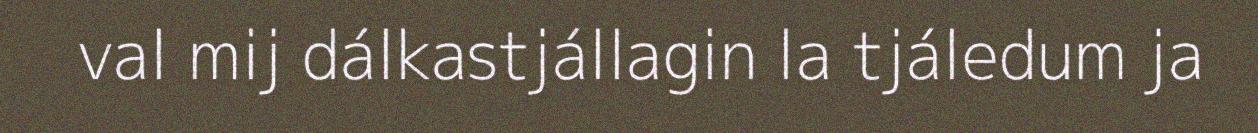
val mij dálkastjállagin la tjáledum ja